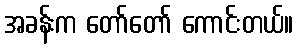
အခန်းက တော်တော် ကောင်းတယ်။